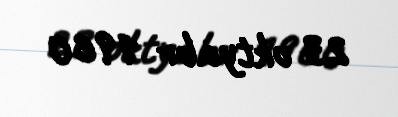
23 oktyabr 1960